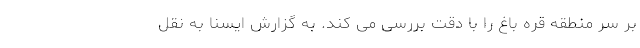
بر سر منطقه قره باغ را با دقت بررسی می کند. به گزارش ایسنا به نقل